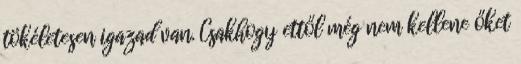
tökéletesen igazad van. Csakhogy ettől még nem kellene őket